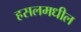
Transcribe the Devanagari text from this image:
हसलमधील